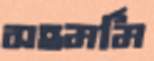
সহমর্মি